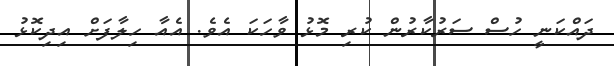
ދައްކަނީ ހުސް ސަރުކާރުން ކުރި މޮޅު ވާހަކަ އެވެ. އެއާ ހިލާފަށް އިދިކޮޅު